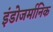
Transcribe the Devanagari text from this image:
इंडोजर्मानिक